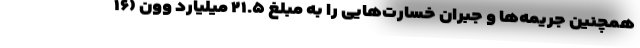
همچنین جریمه‌ها و جبران خسارت‌هایی را به مبلغ ۲۱.۵ میلیارد وون (۱۶